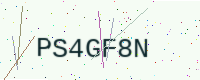
Text: PS4GF8N